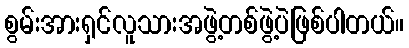
စွမ်းအားရှင်လူသားအဖွဲ့တစ်ဖွဲ့ပဲဖြစ်ပါတယ်။